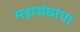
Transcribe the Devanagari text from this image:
महासंघांचा